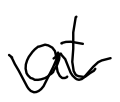
Text: at
Cross-out: wave
Writing tool: digital_black